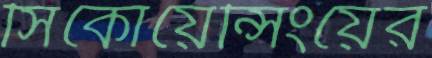
সিকোয়েন্সিংয়ের